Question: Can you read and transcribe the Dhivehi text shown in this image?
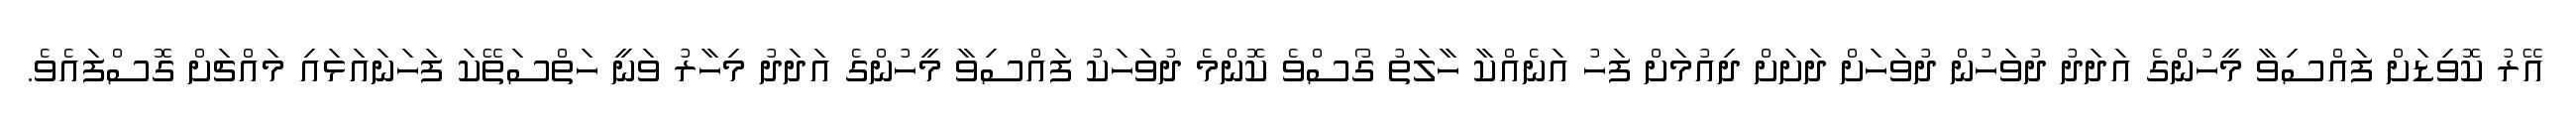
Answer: އޭރު ކޮވިޑަށް ފައްސިވާ މީހުންގެ އަދަދު ދުވަހުން ދުވަހަށް ދަށަށް ދިއުމަށް ފަހު އަނެއްކާ ހާލަތު ގޯސްވެ ކޮންމެ ދުވަހަކު ފައްސިވާ މީހުންގެ އަދަދު މިހާރު ވަނީ ހަތްސަތޭކަ ފަހަނައަޅައި މައްޗަށް ގޮސްފައެވެ.